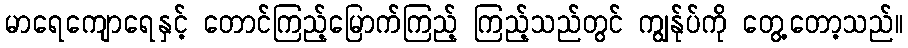
မာရေကျောရေနှင့် တောင်ကြည့်မြောက်ကြည့် ကြည့်သည်တွင် ကျွန်ုပ်ကို တွေ့တော့သည်။